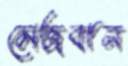
মেজবান